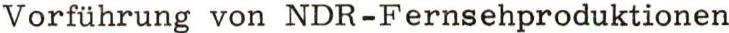
Vorführung von NDR-Fernsehproduktionen